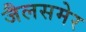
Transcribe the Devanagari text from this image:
जैलसमेर